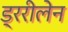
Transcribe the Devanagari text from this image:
ड्ररीलेन